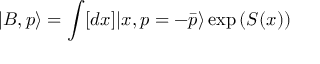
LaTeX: | B , p \rangle = \int [ d x ] | x , p = - \bar { p } \rangle \exp { \left( S ( x ) \right) }